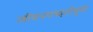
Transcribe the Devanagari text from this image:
जीवनपध्दतीमुळे